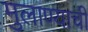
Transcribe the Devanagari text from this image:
मुलाण्याची